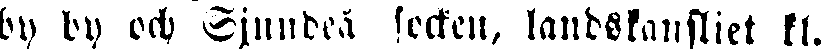
by by och Sjundeå socken, landskansliet kl.